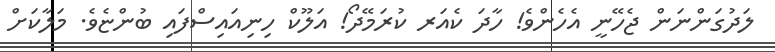
ލަދުގަންނަން ޖެހޭނީ އެހެންވެ! ހާދަ ކެއަރ ކުރަމޭދޯ! އަލޫކް ހިނިއައިސްފައި ބުންޏެވެ. މަލާކަށް